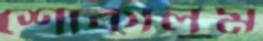
শোকালুম